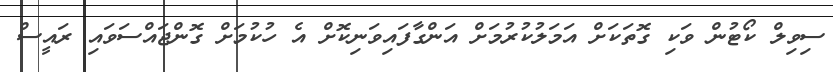
ސިވިލް ކޯޓުން ވަކި ގޮތަކަށް އަމަލުކުރުމަށް އަންގާފައިވަނިކޮށް އެ ހުކުމަށް ގޮންޖައްސަވައި ރައީސް